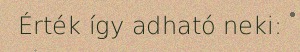
Érték így adható neki: